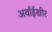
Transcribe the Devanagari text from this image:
अर्वाईखीर